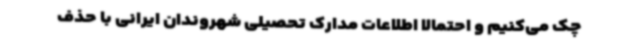
چک می‌کنیم و احتمالا اطلاعات مدارک تحصیلی شهروندان ایرانی با حذف